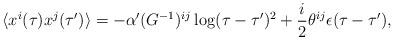
LaTeX: \begin{align*}\langle x^i (\tau) x^j (\tau') \rangle= - \alpha' (G^{-1})^{ij} \log (\tau - \tau')^2+ \frac{i}{2} \theta^{ij} \epsilon (\tau - \tau'),\end{align*}